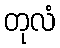
တုလံ